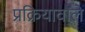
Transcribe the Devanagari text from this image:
प्रक्रियावाले